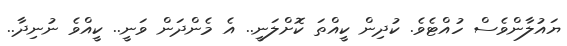
ޔައުލާންވެސް ހުއްޓެވެ. ކުދިން ކީއްތަ ކޮށްލަނީ.. އެ މެންދަން ވަނީ.. ކީއްވެ ނުނިދާ..